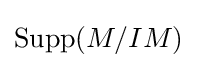
\operatorname {Supp} (M/IM)